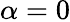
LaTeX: \alpha=0